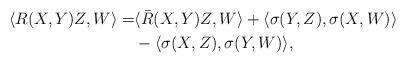
LaTeX: \begin{align*}\langle R(X,Y)Z,W\rangle=&\langle\bar R(X,Y)Z,W\rangle+\langle\sigma(Y,Z),\sigma(X,W)\rangle\\&-\langle\sigma(X,Z),\sigma(Y,W)\rangle,\end{align*}